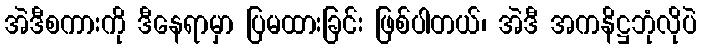
အဲဒီစကားကို ဒီနေရာမှာ ပြမထားခြင်း ဖြစ်ပါတယ်၊ အဲဒီ အကနိဋ္ဌဘုံလိုပဲ